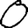
Digit: 0